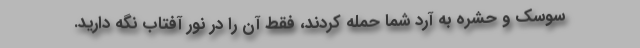
سوسک و حشره به آرد شما حمله کردند، فقط آن را در نور آفتاب نگه دارید.